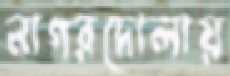
নাগরদোলায়